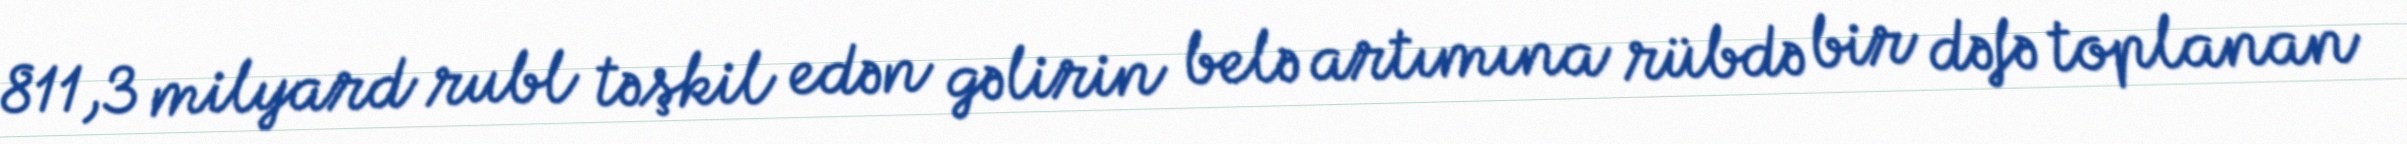
811,3 milyard rubl təşkil edən gəlirin belə artımına rübdə bir dəfə toplanan